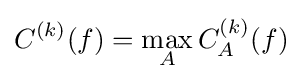
C^{(k)}(f)=\max _{A}C_{A}^{(k)}(f)